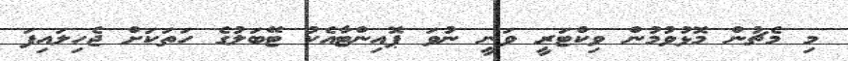
މި މެޗުން މޮޅުވުމުން ވިކްޓަރީ ވަނީ ނުވަ ޕޮއިންޓާއެކު ޓޭބަލުގެ ހަތަކަށް ޖެހިލައިފަ